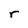
Character: r